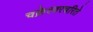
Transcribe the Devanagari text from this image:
चक्रेश्वरचरिते